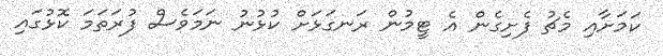
ކަމަށާއި މެޗު ފެށިގެން އެ ޓީމުން ރަނގަޅަށް ކުޅުނު ނަމަވެސް ފުރަތަމަ ކޮޅުގައި